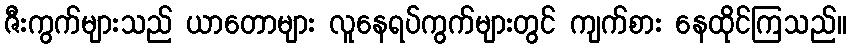
ဇီးကွက်များသည် ယာတောများ လူနေရပ်ကွက်များတွင် ကျက်စား နေထိုင်ကြသည်။